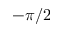
- \pi / 2